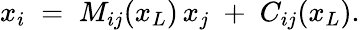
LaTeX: x_{i}\; =\; M_{ij}(x_{L})\, x_{j}\; +\; C_{ij}(x_{L}).